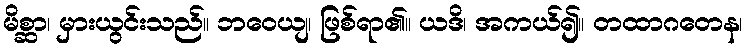
မိစ္ဆာ၊ မှားယွင်းသည်။ ဘဝေယျ၊ ဖြစ်ရာ၏။ ယဒိ၊ အကယ်၍။ တထာဂတေန၊